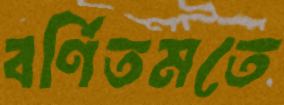
বর্ণিতমতে